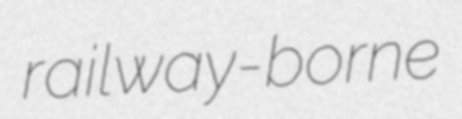
railway-borne